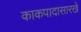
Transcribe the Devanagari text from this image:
काकपादासारखे